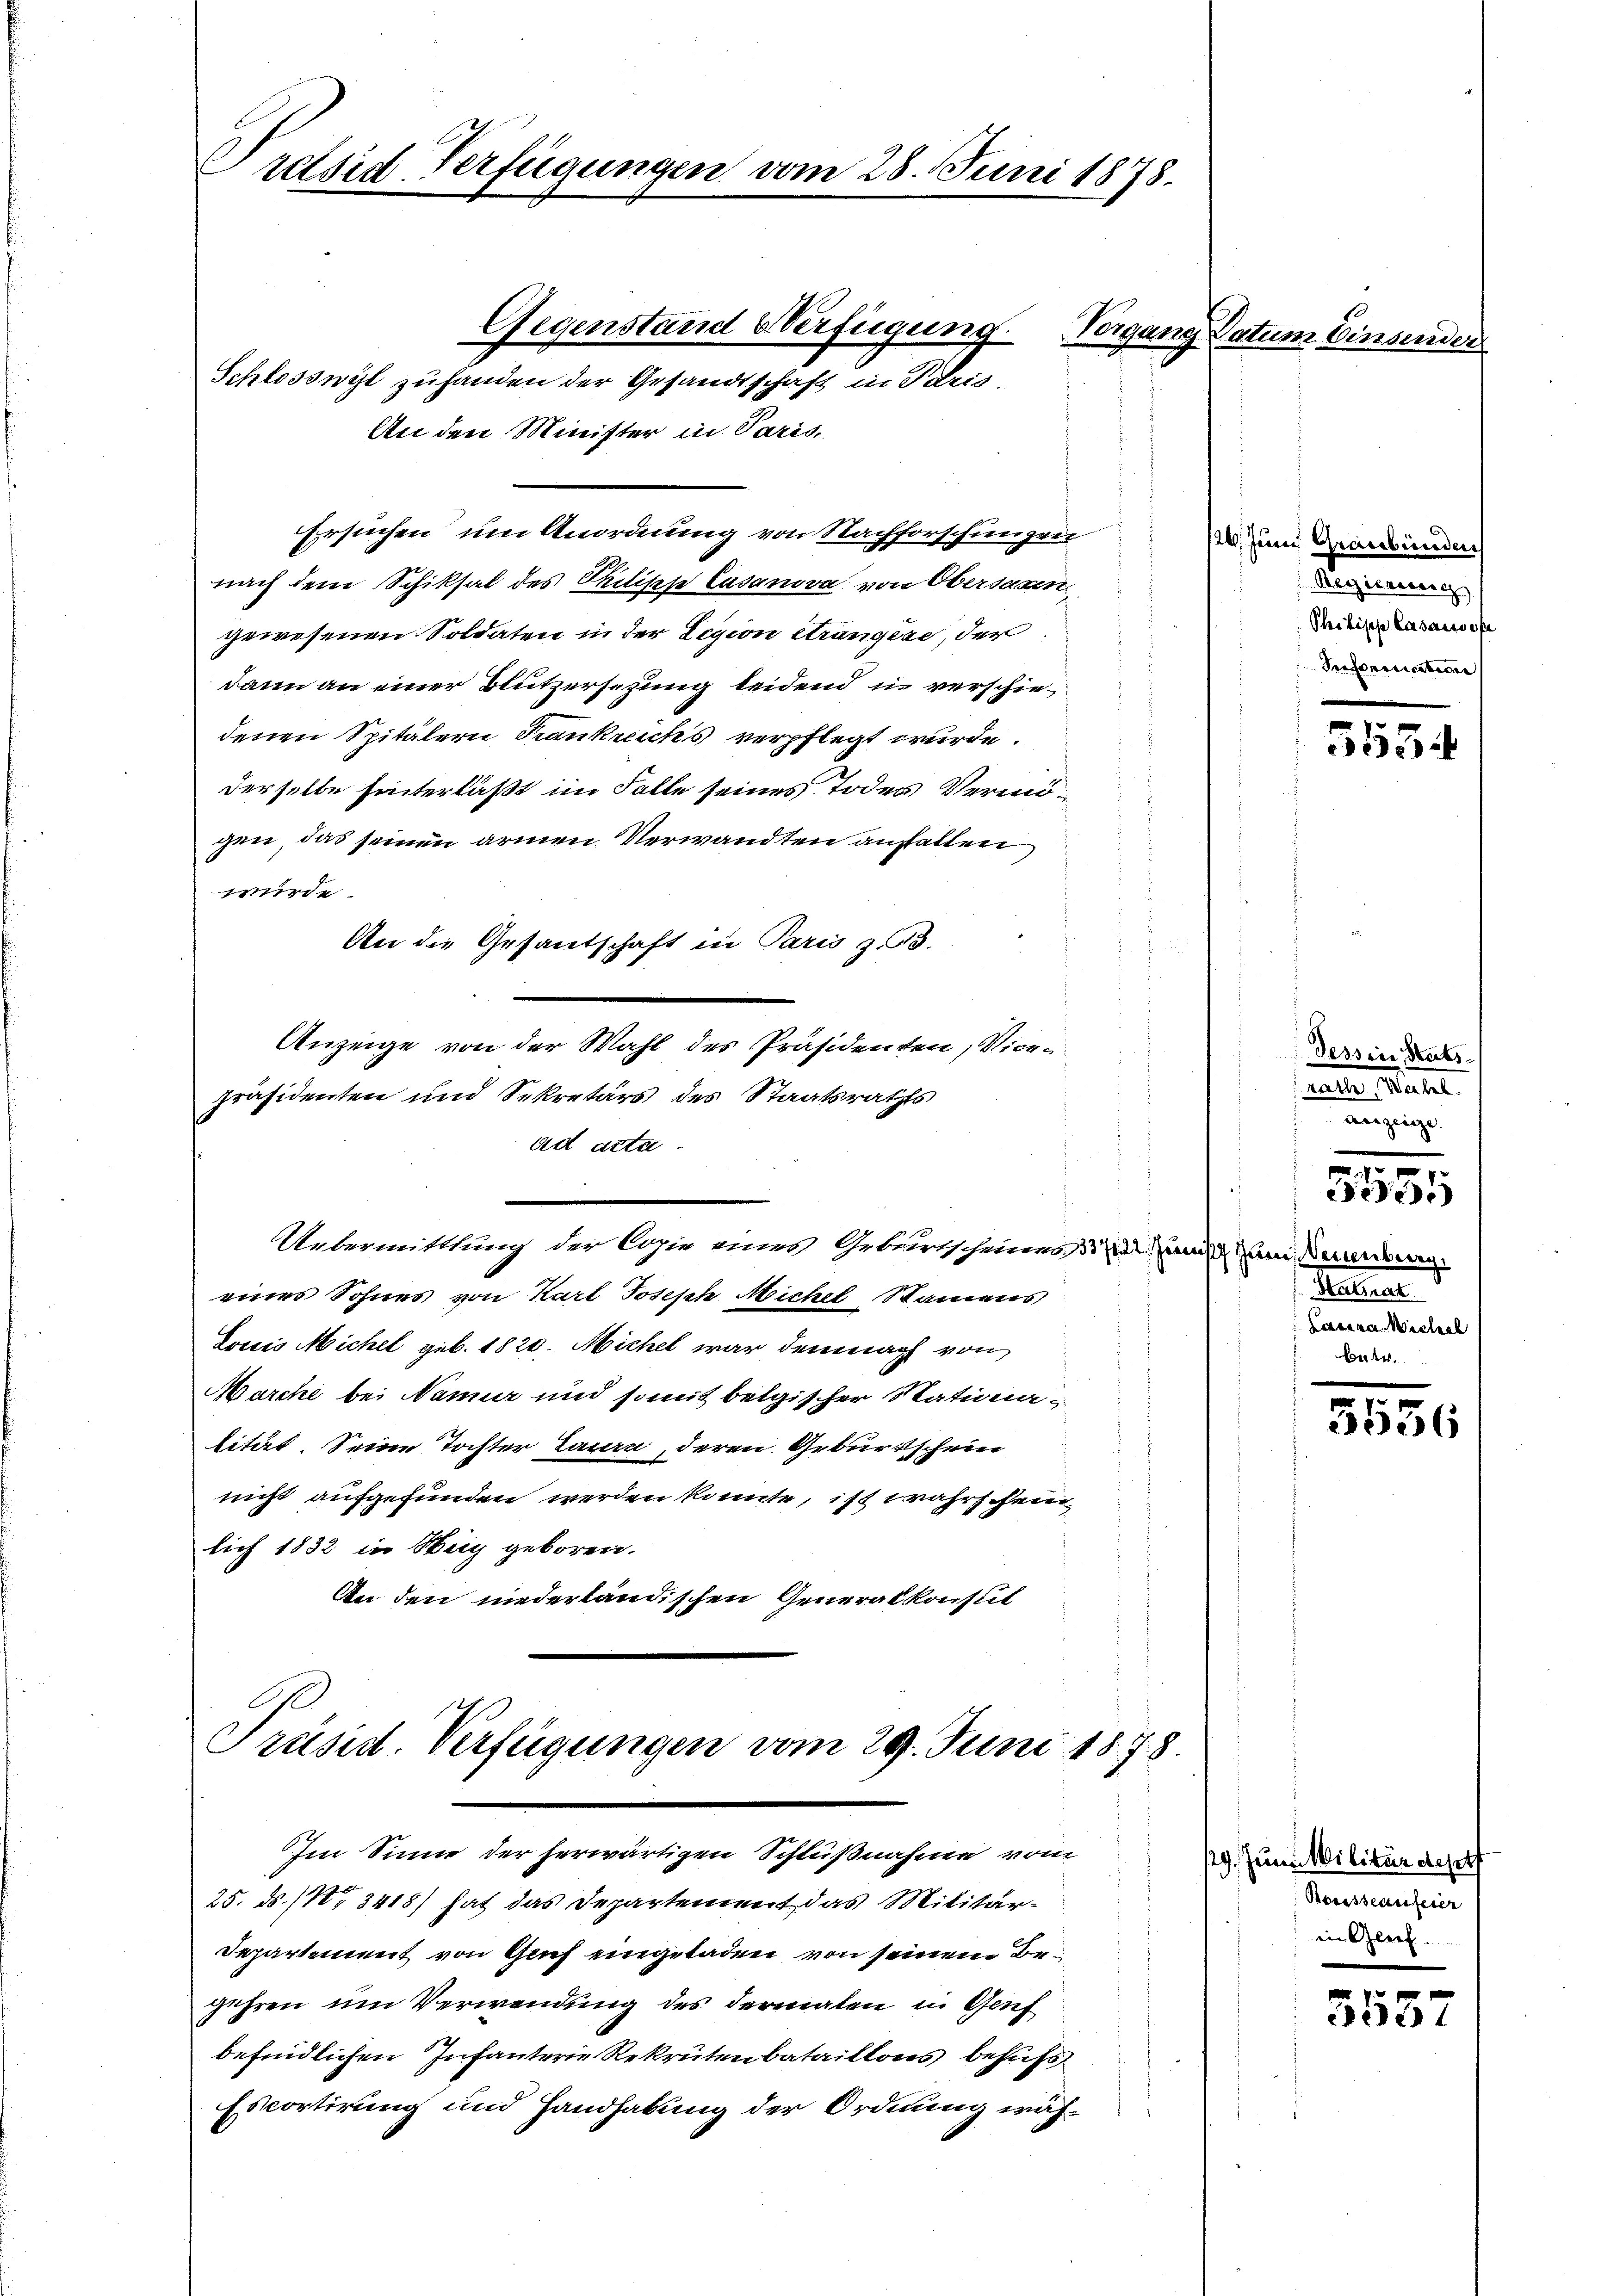
Präsid-Verfügungen vom 28. Juni 1878.

Gegenstand Verfügung.
Schlossnit zu handen der Gesandtschaft in Paris.
An den Minister in Paris,
Ersuchen um Anordnung von Nachforschungen
nach dem Schiksal des Philisch Casanova von Obersagen,
gewesenen Soldaten in der Legion Strangere, der
dann an einer Blutzersezung leidend in verschiedenen Spitälern Frankreichs verpflegt wurde.
derselbe hinterläßt im Falle seines Todes Vermögen, das seinen armen Verwandten anfallen
wie
An die Gesandschaft in Paris zu 3.
f
.
Anzeige von der Wahl des Präsidenten, Vice-
präsidenten und Sekretärs des Staatsraths
ad acte
Uebermittlung der Copie eines Geburtscheines
eines Sohnes von Karl Joseph Michel Samens
Louis Michel geb. 1820. Michel war demnach von
Marche bei Name und somit belgischer Statunalität. Seine Tochter Laura, deren Geburtschein
nicht aufgefunden werden könnte, ist wahrschein
lich 1832 in Weig geboren.
An den niederländischen Generalkonst

Präsid. Verfügungen vom 29. Juni 1878.
Im Sinne der herwärtigen Schlußnahme vom

25. ds. (13418) hat das Departement das Militär¬
Departement von Gruf eingeladen von seinem Begehren um Verwendung des dermalen in Genf
befindlichen Infanterie Rekrutenbataillons behufs
Escortirung und Handhabung der Ordnung wäh-

Vorgang Datum Einsender

26. Juni Graubünden
Regierung
Philipp Casanwese
Sefonication

5554

Tessin Stats
salten Mater
anzeige

e
3535

.
ih zum Neuenburg.
Patiere
Kasina Wichel
bet

e
3556

19. Juni Militärdeput
Bouisseaufeier
in Geref.

cide